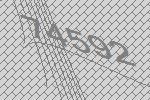
74592